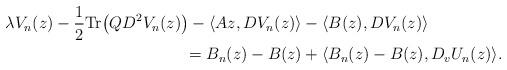
LaTeX: \begin{align*} \lambda V_n (z) - \frac{1}{2} \mathrm{Tr} \big(Q D^2 V_n (z) \big) - \langle Az, DV_n(z)\rangle &- \langle B(z), DV_n(z)\rangle \\ = B_n(z) - B(z) & + \langle B_n (z) - B(z), D_vU_n (z)\rangle. \end{align*}